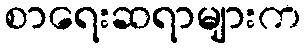
စာရေးဆရာများက